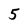
Character: 5